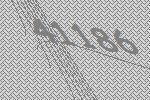
41186